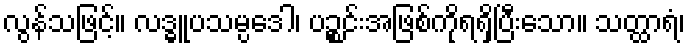
လွန်သဖြင့်။ လဒ္ဓူပသမ္ပဒေါ၊ ပဉ္စင်းအဖြစ်ကိုရရှိပြီးသော။ သတ္ထာရံ၊